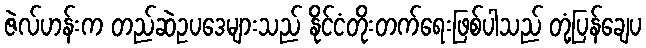
ဇဲလ်ဟန်းက တည်ဆဲဥပဒေများသည် နိုင်ငံတိုးတက်ရေးဖြစ်ပါသည် တုံ့ပြန်ချေပ